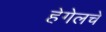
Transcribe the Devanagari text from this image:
हेगेलचे